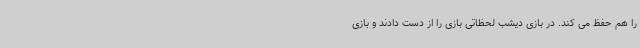
را هم حفظ می کند. در بازی دیشب لحظاتی بازی را از دست دادند و بازی